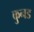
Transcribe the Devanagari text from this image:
कुनड